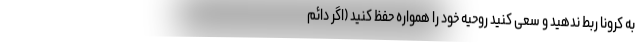
به کرونا ربط ندهید و سعی کنید روحیه خود را همواره حفظ کنید (اگر دائم